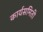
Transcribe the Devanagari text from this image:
कार्यसमिती